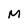
Character: M